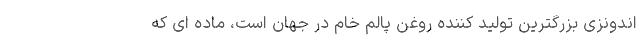
اندونزی بزرگترین تولید کننده روغن پالم خام در جهان است، ماده ای که